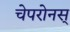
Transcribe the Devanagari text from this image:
चेपरोनस्